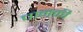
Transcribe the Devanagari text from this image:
चानकी